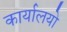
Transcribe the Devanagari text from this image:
कार्यालयो